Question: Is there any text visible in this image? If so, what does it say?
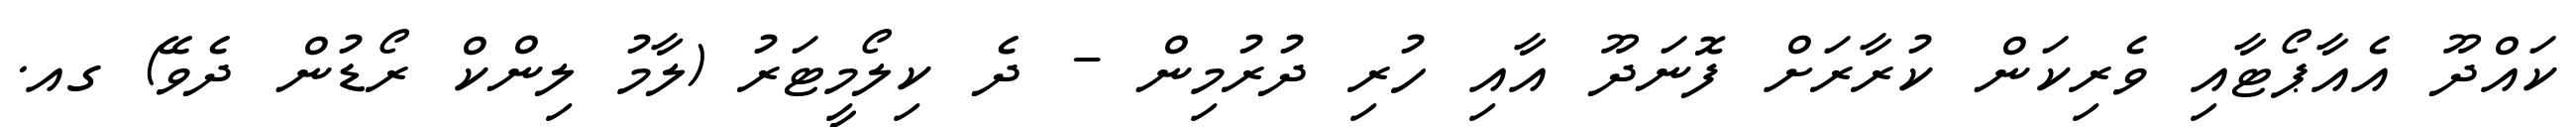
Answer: ކައްދޫ އެއާޕޯޓާއި ވެރިކަން ކުރާރަށް ފޮނަދޫ އާއި ހުރި ދުރުމިން - ދެ ކިލޯމީޓަރު (ލާމު ލިންކް ރޯޑުން ދެވޭ) ގއ.